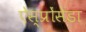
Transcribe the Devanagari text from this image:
ऐस्प्रोंसेडा